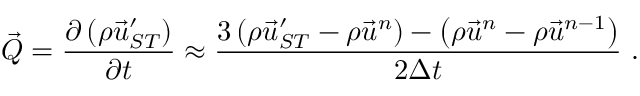
\vec { Q } = \frac { \partial \left( \rho \vec { u } _ { S T } ^ { \prime } \right) } { \partial t } \approx \frac { 3 \left( { \rho \vec { u } _ { S T } ^ { \prime } } - \rho \vec { u } ^ { n } \right) - \left( \rho \vec { u } ^ { n } - \rho \vec { u } ^ { n - 1 } \right) } { 2 \Delta t } \ .